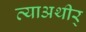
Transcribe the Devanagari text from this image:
त्याअथीर्